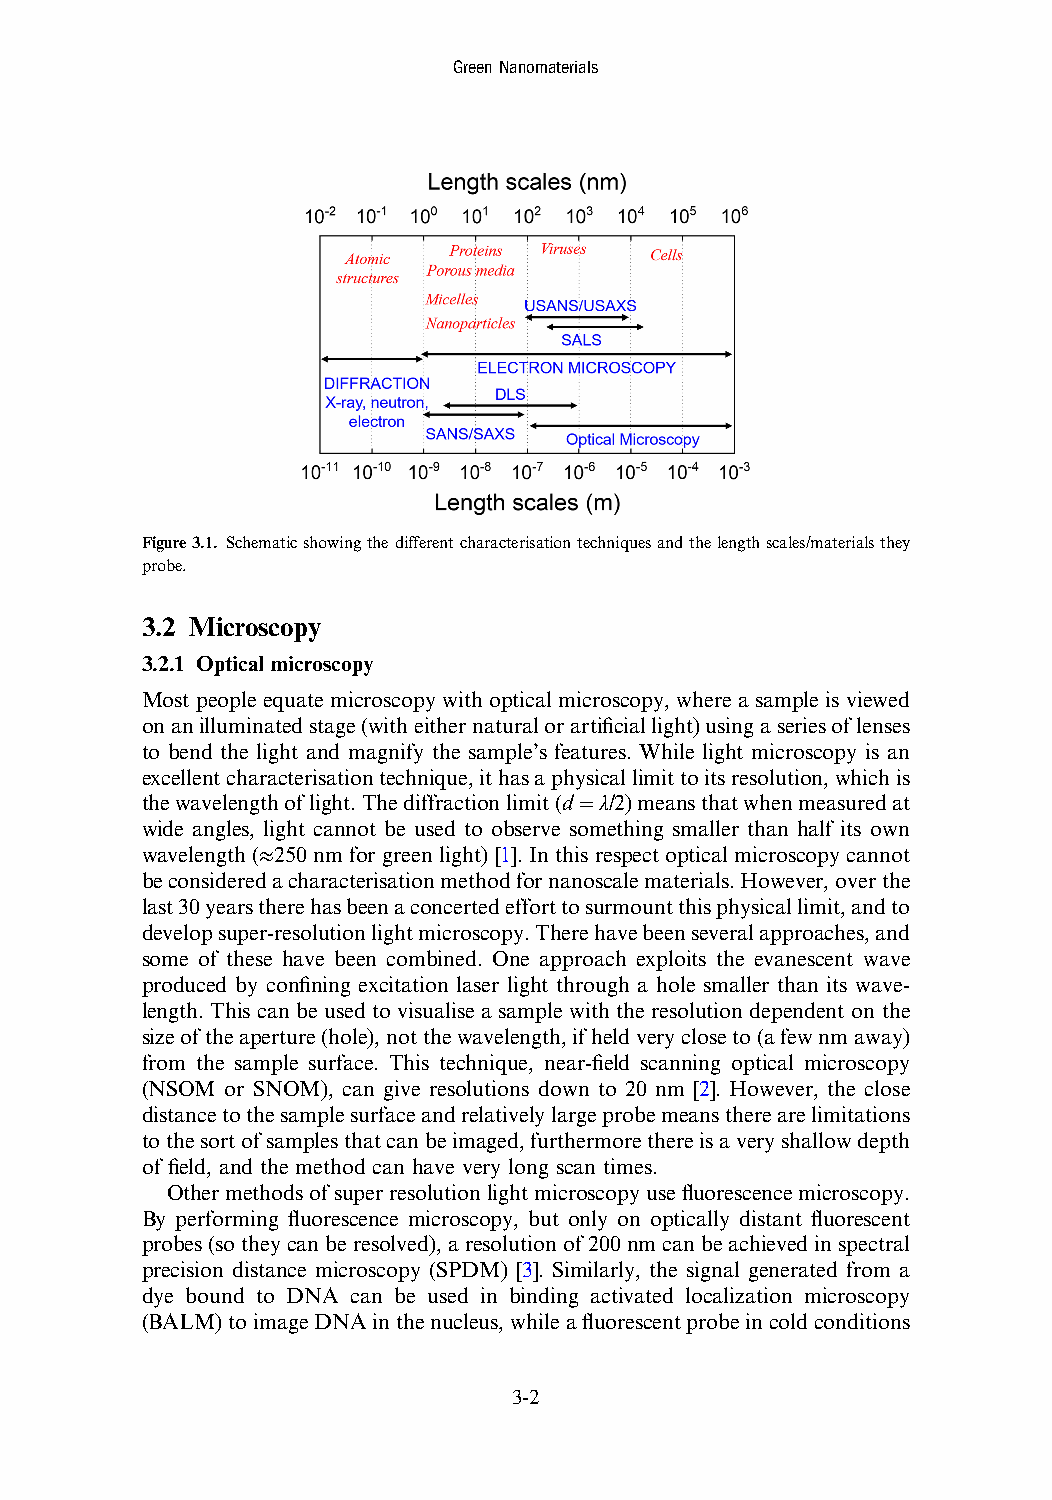
GreenNanomaterials
 Figure3.1. Schematicshowingthedifferentcharacterisationtechniquesandthelengthscales/materialsthey
 probe.
 3.2 Microscopy
 3.2.1 Optical microscopy
 Most people equate microscopy with optical microscopy, where a sample is viewed
 onanilluminatedstage(witheithernaturalorartificiallight)usingaseriesoflenses
 to bend the light and magnify the sample’s features. While light microscopy is an
 excellentcharacterisationtechnique,ithasaphysicallimittoitsresolution,whichis
 thewavelengthoflight.Thediffractionlimit(d=λ/2)meansthatwhenmeasuredat
 wide angles, light cannot be used to observe something smaller than half its own
 wavelength (≈250 nm for green light) [1]. In this respect optical microscopy cannot
 beconsideredacharacterisationmethodfornanoscalematerials.However,overthe
 last30yearstherehasbeenaconcertedefforttosurmountthisphysicallimit,andto
 developsuper-resolutionlightmicroscopy.Therehavebeenseveralapproaches,and
 some of these have been combined. One approach exploits the evanescent wave
 produced by confining excitation laser light through a hole smaller than its wave-
 length. This can be used to visualise a sample with the resolution dependent on the
 sizeoftheaperture(hole),notthewavelength,ifheldverycloseto(afewnmaway)
 from the sample surface. This technique, near-field scanning optical microscopy
 (NSOM or SNOM), can give resolutions down to 20 nm [2]. However, the close
 distancetothesamplesurfaceandrelativelylargeprobemeanstherearelimitations
 tothesortofsamplesthatcanbeimaged,furthermorethereisaveryshallowdepth
 of field, and the method can have very long scan times.
 Othermethodsofsuperresolutionlightmicroscopyusefluorescencemicroscopy.
 By performing fluorescence microscopy, but only on optically distant fluorescent
 probes(sotheycanberesolved),aresolutionof200nmcanbeachievedinspectral
 precision distance microscopy (SPDM) [3]. Similarly, the signal generated from a
 dye bound to DNA can be used in binding activated localization microscopy
 (BALM)toimageDNAinthenucleus,whileafluorescentprobeincoldconditions
 3-2